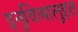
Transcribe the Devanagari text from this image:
इनुविआलुइत